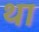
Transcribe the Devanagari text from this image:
था